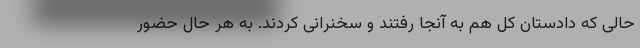
حالی که دادستان کل هم به آنجا رفتند و سخنرانی کردند. به هر حال حضور